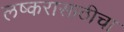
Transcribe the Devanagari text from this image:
लष्करासाठीचा